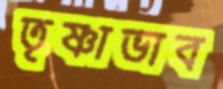
তৃষ্ণাভাব